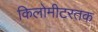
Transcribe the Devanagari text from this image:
किलोमीटरतक